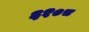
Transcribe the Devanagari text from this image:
६१०८